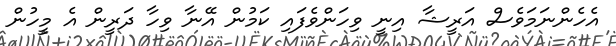
އެހެންނަމަވެސް އަރީޝާ އިނީ ވިހަންވެފައި ކަމުން އޭނާ ވިހާ ދަރީން އެ މީހުން